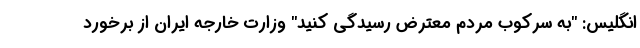
انگلیس: "به سرکوب مردم معترض رسیدگی کنید" وزارت خارجه ایران از برخورد